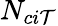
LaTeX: N_{ci\mathcal{T}}